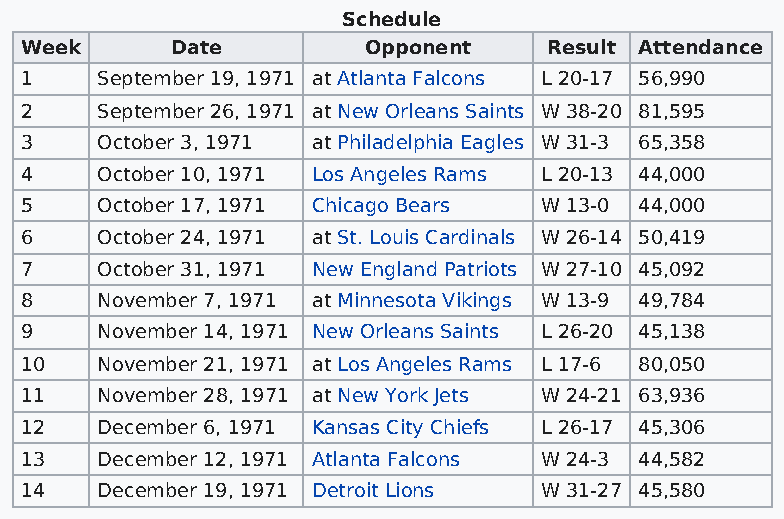
Schedule
 Week      Date         Opponent    Result Attendance
 1    September 19, 1971 at Atlanta Falcons L 20-17 56,990
 2    September 26, 1971 at New Orleans Saints W 38-20 81,595
 3    October 3, 1971 at Philadelphia Eagles W 31-3 65,358
 4    October 10, 1971 Los Angeles Rams L 20-13 44,000
 5    October 17, 1971 Chicago Bears W 13-0 44,000
 6    October 24, 1971 at St. Louis Cardinals W 26-14 50,419
 7    October 31, 1971 New England Patriots W 27-10 45,092
 8    November 7, 1971 at Minnesota Vikings W 13-9 49,784
 9    November 14, 1971 New Orleans Saints L 26-20 45,138
 10   November 21, 1971 at Los Angeles Rams L 17-6 80,050
 11   November 28, 1971 at New York Jets W 24-21 63,936
 12   December 6, 1971 Kansas City Chiefs L 26-17 45,306
 13   December 12, 1971 Atlanta Falcons W 24-3 44,582
 14   December 19, 1971 Detroit Lions W 31-27 45,580